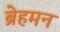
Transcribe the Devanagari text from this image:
ब्रेहमन